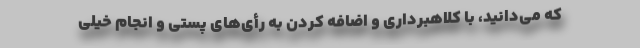
که می‌دانید، با کلاهبرداری و اضافه کردن به رأی‌های پُستی و انجام خیلی